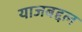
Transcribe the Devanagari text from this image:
याजबद्दल